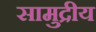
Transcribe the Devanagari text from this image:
सामुद्रीय